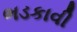
ભડકાવી